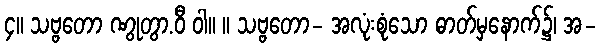
၄။ သဗ္ဗတော ဏွုတွာ.ဝီ ဝါ။ ။ သဗ္ဗတော- အလုံးစုံသော ဓာတ်မှနောက်၌၊ အ-